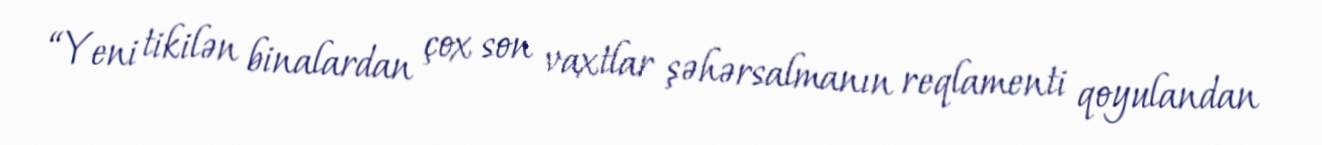
“Yeni tikilən binalardan çox son vaxtlar şəhərsalmanın reqlamenti qoyulandan